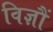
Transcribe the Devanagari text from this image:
विज्ञौं